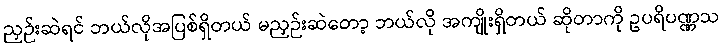
ညှဉ်းဆဲရင် ဘယ်လိုအပြစ်ရှိတယ် မညှဉ်းဆဲတော့ ဘယ်လို အကျိုးရှိတယ် ဆိုတာကို ဥပရိပဏ္ဏသ